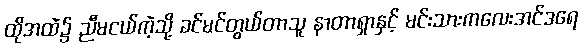
ထိုအထဲ၌ ညီမငယ်ကဲ့သို့ ခင်မင်တွယ်တာသူ နာတာရှာနှင့် မင်းသားကလေးအင်ဒရေ